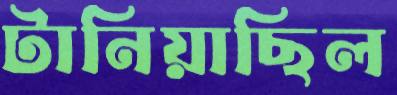
টানিয়াছিল